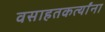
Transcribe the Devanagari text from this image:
वसाहतकर्त्यांना